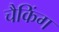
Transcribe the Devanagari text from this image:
चैकिंग